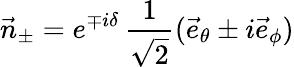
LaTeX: \vec{n}_{\pm}=e^{\mp i\delta}\, \frac{1}{\sqrt{2}}(\vec{e}_{\theta}\pm i\vec{e}_{\phi})